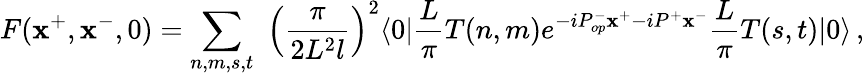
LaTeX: F(\mathbf{x}^{+},\mathbf{x}^{-},0)=\sum_{n,m,s,t}\, \, \left(\frac{{\pi}}{{2L^{2}l}}\right)^{2}\langle0|\frac{{L}}{{\pi}}T(n,m)e^{-iP_{op}^{-}\mathbf{x}^{+}-iP^{+}\mathbf{x}^{-}}\frac{{L}}{{\pi}}T(s,t)|0\rangle\, ,